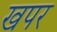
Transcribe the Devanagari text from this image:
खपर